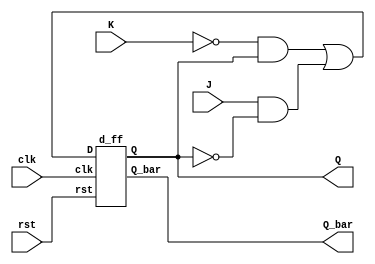
`timescale 1ns / 1ps
//////////////////////////////////////////////////////////////////////////////////
// Company: 
// Engineer: 
// 
// Design Name: 
// Module Name:    jkd 
// Project Name: 
// Target Devices: 
// Tool versions: 
// Description: 
//
// Dependencies: 
//
// Revision: 
// Revision 0.01 - File Created
// Additional Comments: 
//
//////////////////////////////////////////////////////////////////////////////////
module jkd(clk,rst,J,K,Q,Q_bar);
  input clk, rst,J,K;
  output Q,Q_bar;
  wire w1;
  
  assign w1 = (~K & Q) | (J & ~Q);
  
  d_ff DF(clk,rst, w1,Q,Q_bar);
  
endmodule

module d_ff(clk,rst,D,Q,Q_bar);
input clk,rst, D;
output reg Q;
output Q_bar;
always @(posedge clk) begin
if(!rst)
  Q <= D;
else
  Q <= 1'b0;
end
assign Q_bar = ~Q;
endmodule